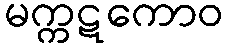
မက္ကဋကောဝ